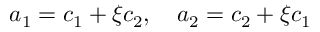
a _ { 1 } = c _ { 1 } + \xi c _ { 2 } , ~ ~ ~ a _ { 2 } = c _ { 2 } + \xi c _ { 1 }